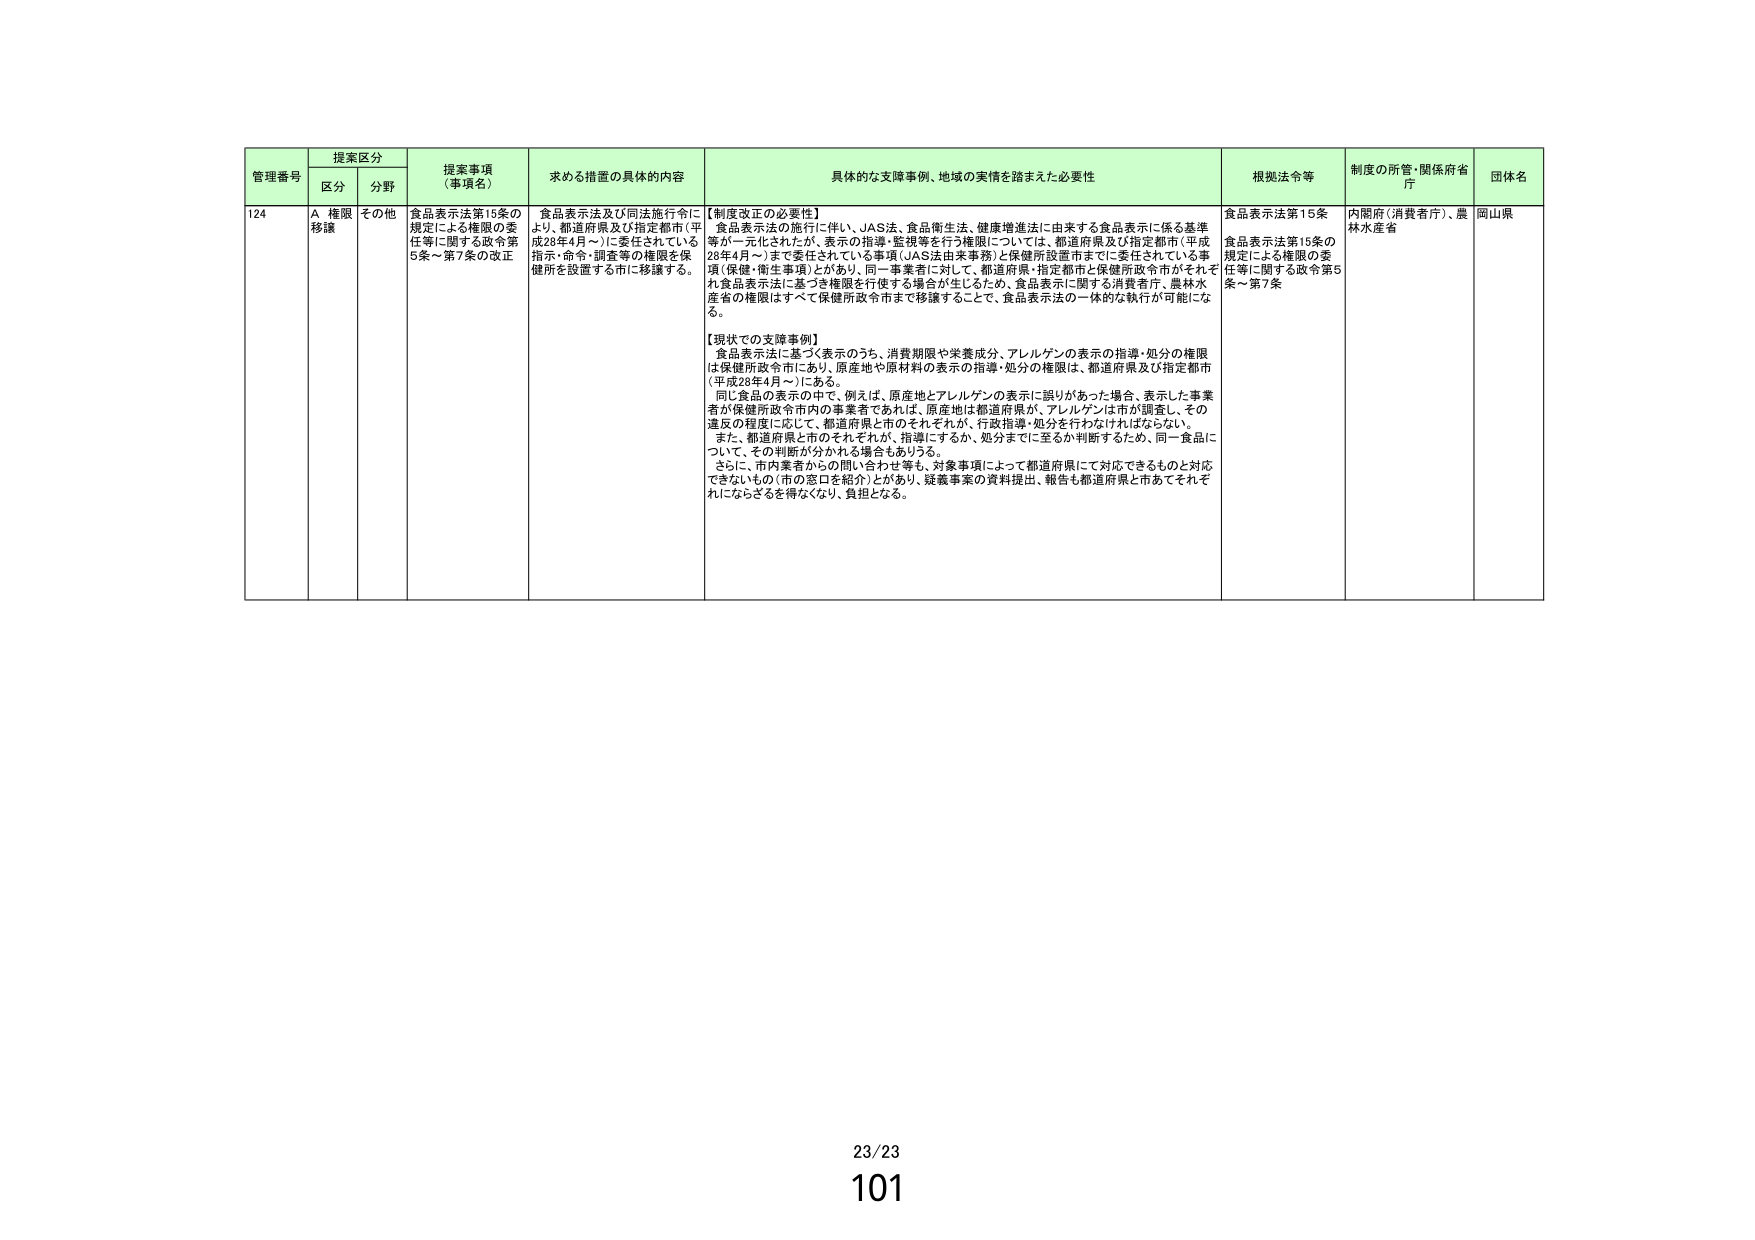
管理番号 提案区分 提案事項（事項名） 求める措置の具体的内容 具体的な支障事例、地域の実情を踏まえた必要性 根拠法令等 制度の所管・関係府省庁 団体名
区分 分野
124 A 権限移譲 その他 食品表示法第15条の規定による権限の委任等に関する政令第5条～第7条の改正 食品表示法及び同法施行令により、都道府県及び指定都市（平成28年4月～）に委任されている指示・命令・調査等の権限を保健所を設置する市に移譲する。 【制度改正の必要性】食品表示法の施行に伴い、JAS法、食品衛生法、健康増進法に由来する食品表示に係る基準等が一元化されたが、表示の指導・監視等を行う権限については、都道府県及び指定都市（平成28年4月～）まで委任されている事務（JAS法由来事務）と保健所設置市までに委任されている事項（保健・衛生事項）があり、同一事業者に対して、都道府県・指定都市と保健所政令市がそれぞれ食品表示法に基づき権限を行使する場合が生じるため、食品表示に関する消費者庁、農林水産省の権限はすべて保健所政令市まで移譲することで、食品表示法の一体的な執行が可能になる。 【現状での支障事例】食品表示法に基づく表示のうち、消費期限や栄養成分、アレルゲンの表示の指導・処分の権限は保健所政令市にあり、原産地や原材料の表示の指導・処分の権限は、都道府県及び指定都市（平成28年4月～）にある。同じ食品の表示の中で、例えば、原産地とアレルゲンの表示に誤りがあった場合、表示した事業者が保健所政令市内の事業者であれば、原産地は都道府県が、アレルゲンは市が調査し、その違反の程度に応じて、都道府県と市がそれぞれが、行政指導・処分を行わなければならない。また、都道府県と市がそれぞれが、指導にするか、処分までに至るか判断するため、同一食品について、その判断が分かれる場合もありうる。さらに、市内業者からの問い合わせ等も、対象事項によって都道府県にて対応できるものと対応できないもの（市の窓口を紹介）とがあり、疑義事案の資料提出、報告も都道府県と市あてそれぞれにならざるを得なくなり、負担となる。 食品表示法第15条 食品表示法第15条の規定による権限の委任等に関する政令第5条～第7条 内閣府（消費者庁）、農林水産省 岡山県
23/23
101